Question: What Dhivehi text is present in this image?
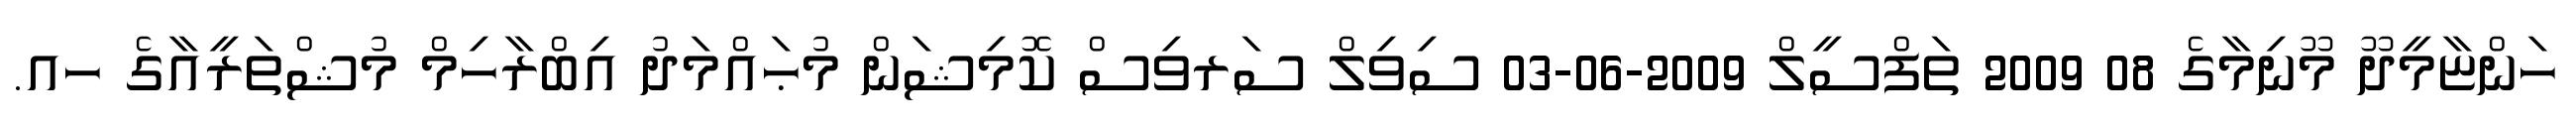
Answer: ހަންޏާމީދޫ މޫނިމާގެ 08 2009 ތަފްސީލް 2009-06-03 ސިވިލް ސަރވިސް ކޮމިޝަން މުޙައްމަދު އިބްރާހިމް މުޝްތަރީއާގެ ހއ.